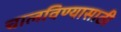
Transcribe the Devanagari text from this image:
चालविण्‍यासाठी